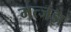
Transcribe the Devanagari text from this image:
मत्जझ